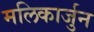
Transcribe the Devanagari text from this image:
मलिकार्जुन